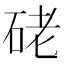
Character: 硓